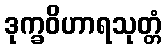
ဒုက္ခဝိဟာရသုတ္တံ